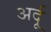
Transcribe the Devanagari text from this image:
अर्दू